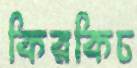
কিরকিচ